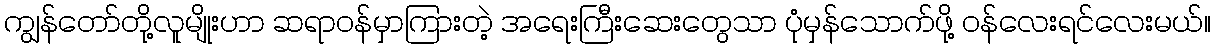
ကျွန်တော်တို့လူမျိုးဟာ ဆရာဝန်မှာကြားတဲ့ အရေးကြီးဆေးတွေသာ ပုံမှန်သောက်ဖို့ ဝန်လေးရင်လေးမယ်။